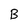
Character: B